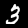
Label: 3